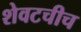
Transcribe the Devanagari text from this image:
शेवटचीच